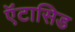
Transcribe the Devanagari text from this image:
ऍंटासिड